system: You are a helpful assistant.
user:
Analyze the provided spectrum to determine if it is a **M-type Giant (gM)**.

A M-type Giant spectrum is defined by its **strong molecular absorption** features, particularly from **Titanium Oxide (TiO)**. You must check for one of the following mutually exclusive signatures:

- **Key Visual Indicators (Absorption-Dominated Spectrum):**

    - **(Primary):** The spectrum is dominated by strong molecular absorption from **Titanium Oxide (TiO)**. This is the **defining feature** of its M-type temperature class.
        - **(Key Bandheads):** Look for sharp, "saw-tooth" absorption valleys. The strongest are located near **~7050 Å**, **~6160 Å**, and **~5170 Å**.
        - **(Line Profile):** The "saw-tooth" morphology is critical: a **sharp, steep drop on the BLUE (short-wavelength) side** of the bandhead, followed by a gradual recovery (rising flux) towards the RED (long-wavelength) side.

    - **(Key Confirmation - Giant vs. Dwarf):** **ABSENCE** of strong **Calcium Hydride (CaH)** molecular bands. This is the primary diagnostic for *excluding* M-dwarfs.
        - **(Key Region):** The spectrum should lack the strong, broad absorption band seen in dwarfs between **~6800 Å and ~7000 Å**.

    - **(Secondary Confirmation - Giant):** A very strong and broad **Neutral Calcium (Ca I)** atomic absorption line.
        - **(Key Line):** Located at **~4226 Å**. In a giant (gM), this line is significantly deeper and broader than the same line in an M-dwarf (dM) due to low surface gravity.

    - **(Overall Spectrum):**
        - The continuum is **extremely red-sloping** (i.e., flux is very low in the blue and rises dramatically towards the red).
        - The entire spectrum appears "chopped up" by the deep TiO bands.

Think first, call **spectral_visualization_tool** if needed to examine features in detail, then provide your final answer. Your response must adhere to the following strict rules:
1.  **Overall Structure:** Your response must follow the format `<think>...</think> <tool_call>...</tool_call> (if a tool is used) <answer>...</answer>`.
2.  **Tool Usage Constraint:** You may only make **one** tool call per turn.
3.  **Final Answer Format:** In the `<answer>` tag, your conclusion must be inside a `\boxed{}` command (e.g., `\boxed{YES}` or `\boxed{NO}`), followed by your justification.

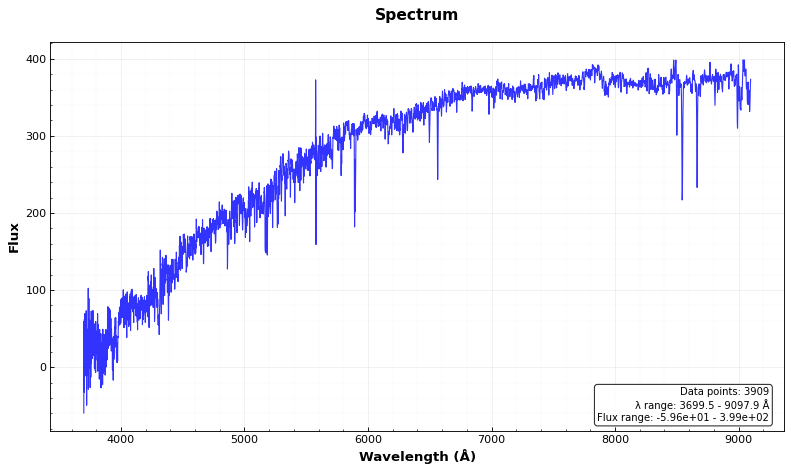
Answer: NO